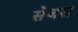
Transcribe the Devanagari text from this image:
सेजरा